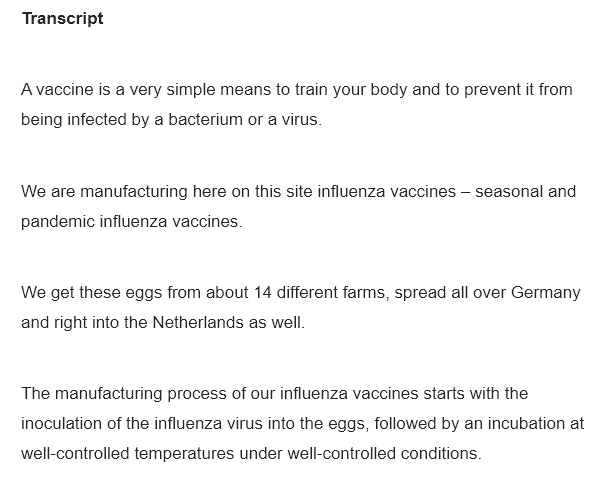
Avaccine is a very simple means to train your body and to prevent it from
   being infected by a bacterium or a virus
   We  are manufacturing here on this site influenza vaccines —
     seasonal and
   pandemic influenza vaccines
   We get these eggs from about 14 different farms, spread all over Germany
   and right into the Netherlands as well.
   The manufacturing process of our influenza vaccines starts with the
   inoculation of the influenza virus into the eggs, followed by an incubation at
   well-controlled temperatures under well-controlled conditions.
   Transcript